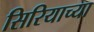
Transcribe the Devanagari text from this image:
सिरियाच्या